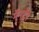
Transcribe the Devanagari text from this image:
मॅनटेरे